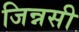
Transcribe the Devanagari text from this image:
जिन्नसी